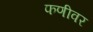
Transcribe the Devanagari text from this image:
फणीवर